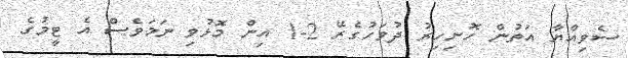
ސެވިއްޔާ އަތުން ހޮނިހިރު ދުވަހުގެރޭ 2-1 އިން މޮޅުވި ނަމަވެސް އެ ޓީމުގެ